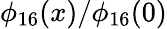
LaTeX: \phi_{16}(x)/\phi_{16}(0)